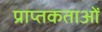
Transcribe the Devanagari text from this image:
प्राप्तकताओं